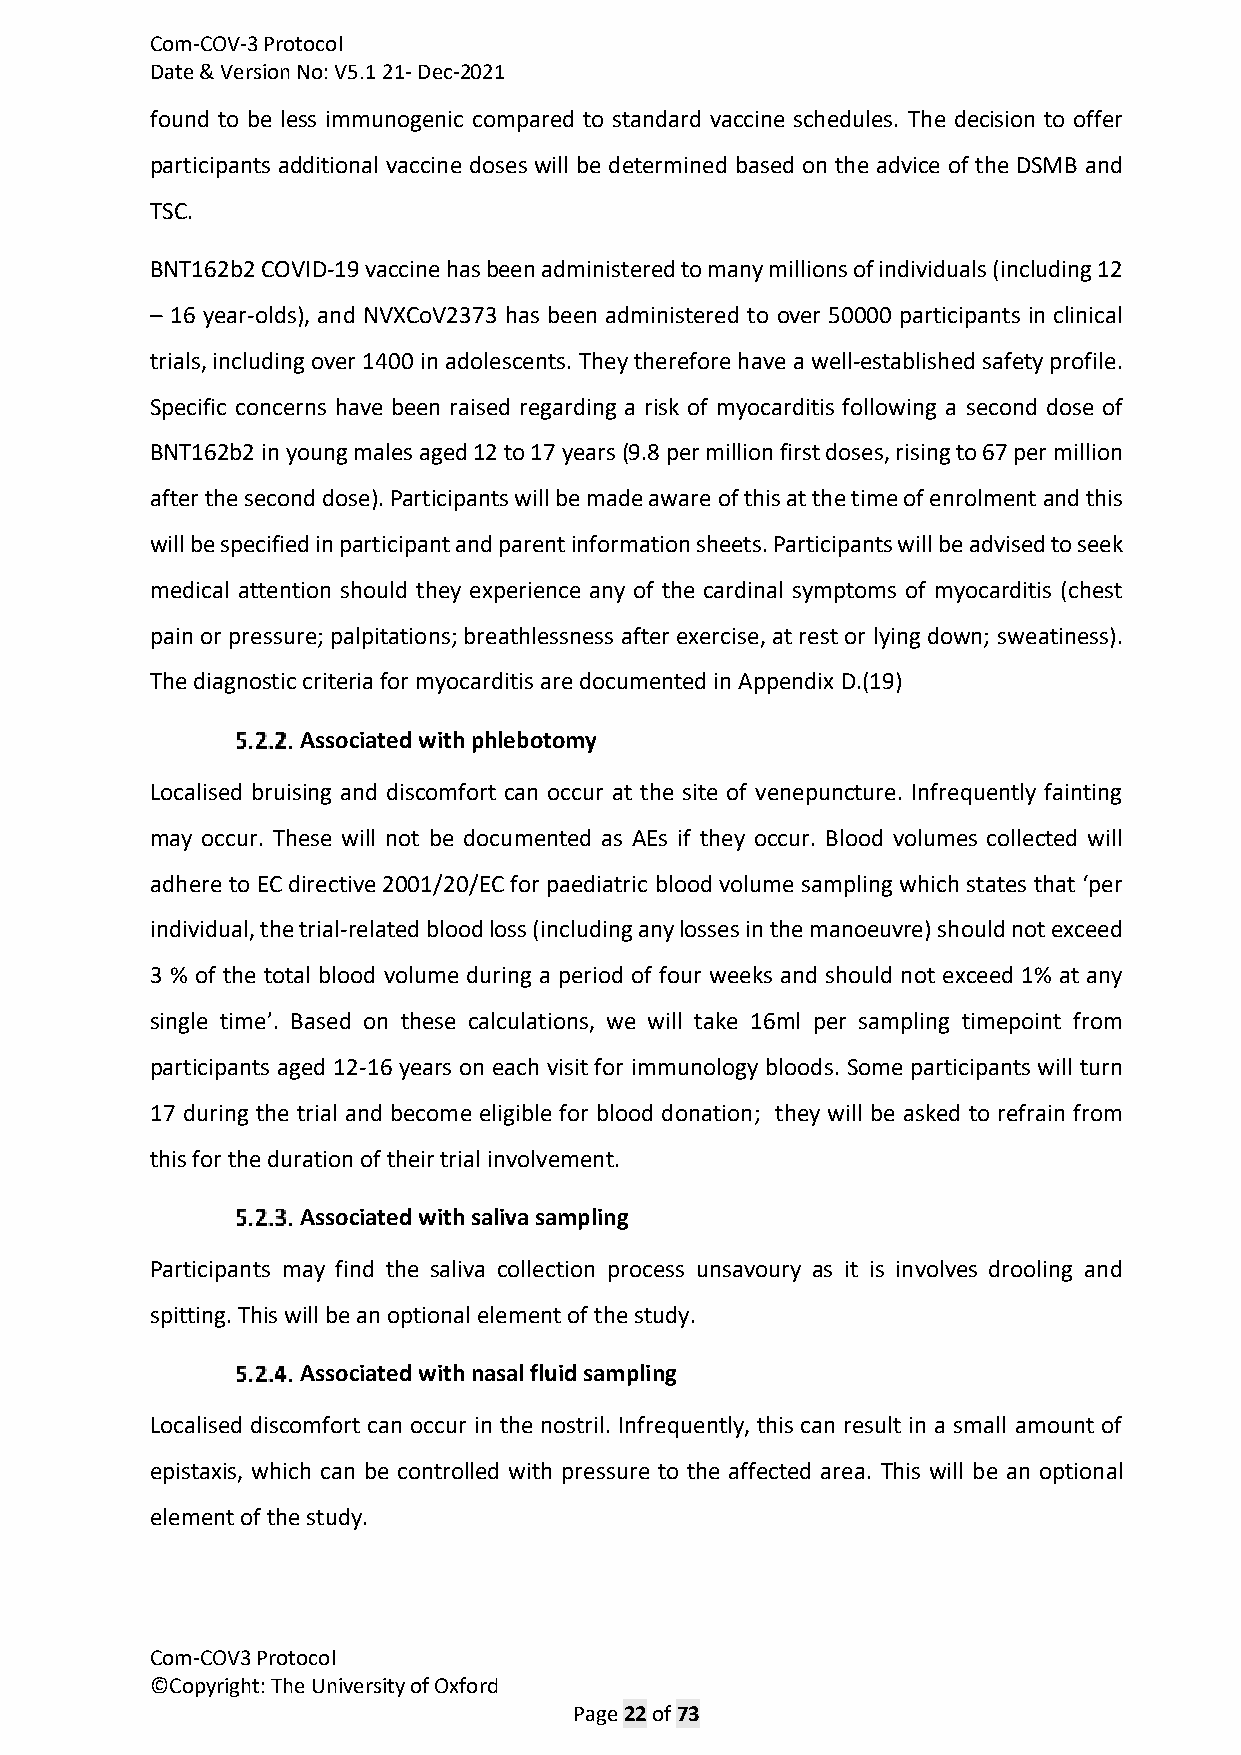
Com-COV-3 Protocol
 Date & Version No: V5.1 21- Dec-2021
 found to be less immunogenic compared to standard vaccine schedules. The decision to offer
 participants additional vaccine doses will be determined based on the advice of the DSMB and
 TSC.
 BNT162b2 COVID-19 vaccine has been administered to many millions of individuals (including 12
 – 16 year-olds), and NVXCoV2373 has been administered to over 50000 participants in clinical
 trials, including over 1400 in adolescents. They therefore have a well-established safety profile.
 Specific concerns have been raised regarding a risk of myocarditis following a second dose of
 BNT162b2 in young males aged 12 to 17 years (9.8 per million first doses, rising to 67 per million
 after the second dose). Participants will be made aware of this at the time of enrolment and this
 will be specified in participant and parent information sheets. Participants will be advised to seek
 medical attention should they experience any of the cardinal symptoms of myocarditis (chest
 pain or pressure; palpitations; breathlessness after exercise, at rest or lying down; sweatiness).
 The diagnostic criteria for myocarditis are documented in Appendix D.(19)
 Associated with phlebotomy
 Localised bruising and discomfort can occur at the site of venepuncture. Infrequently fainting
 may occur. These will not be documented as AEs if they occur. Blood volumes collected will
 adhere to EC directive 2001/20/EC for paediatric blood volume sampling which states that ‘per
 individual, the trial-related blood loss (including any losses in the manoeuvre) should not exceed
 3 % of the total blood volume during a period of four weeks and should not exceed 1% at any
 single time’. Based on these calculations, we will take 16ml per sampling timepoint from
 participants aged 12-16 years on each visit for immunology bloods. Some participants will turn
 17 during the trial and become eligible for blood donation; they will be asked to refrain from
 this for the duration of their trial involvement.
 Associated with saliva sampling
 Participants may find the saliva collection process unsavoury as it is involves drooling and
 spitting. This will be an optional element of the study.
 Associated with nasal fluid sampling
 Localised discomfort can occur in the nostril. Infrequently, this can result in a small amount of
 epistaxis, which can be controlled with pressure to the affected area. This will be an optional
 element of the study.
 Com-COV3 Protocol
 ©Copyright: The University of Oxford
 Page 22 of 73